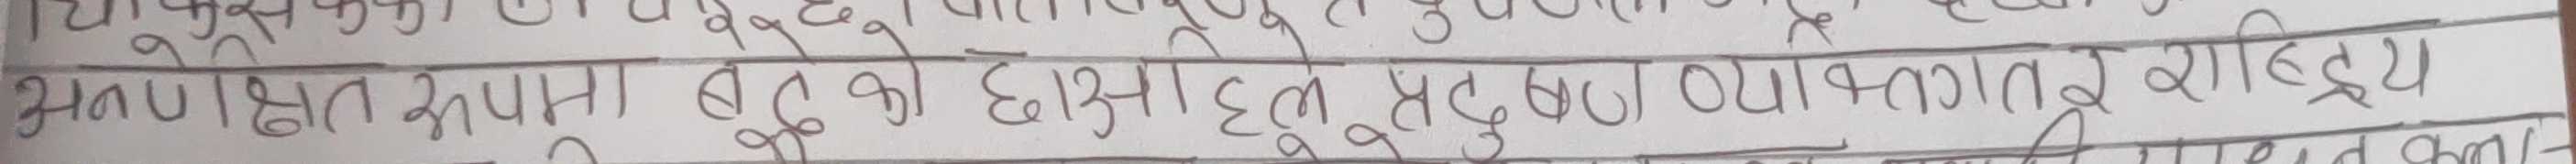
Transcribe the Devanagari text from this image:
भण्ज्ञक्षित रुपमा बटुको छानिएछन् अहिलेसम्म पनि बनेको व्यावहारिक साहित्य